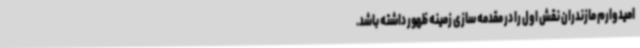
امیدوارم مازندران نقش اول را در مقدمه سازی زمینه ظهور داشته باشد.